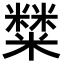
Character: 𥼬